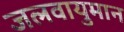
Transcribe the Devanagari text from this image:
जलवायुमान